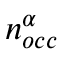
n _ { o c c } ^ { \alpha }